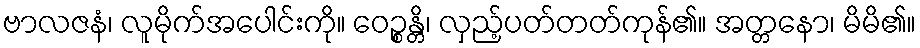
ဗာလဇနံ၊ လူမိုက်အပေါင်းကို။ ဝေဉ္စန္တိ၊ လှည့်ပတ်တတ်ကုန်၏။ အတ္တနော၊ မိမိ၏။